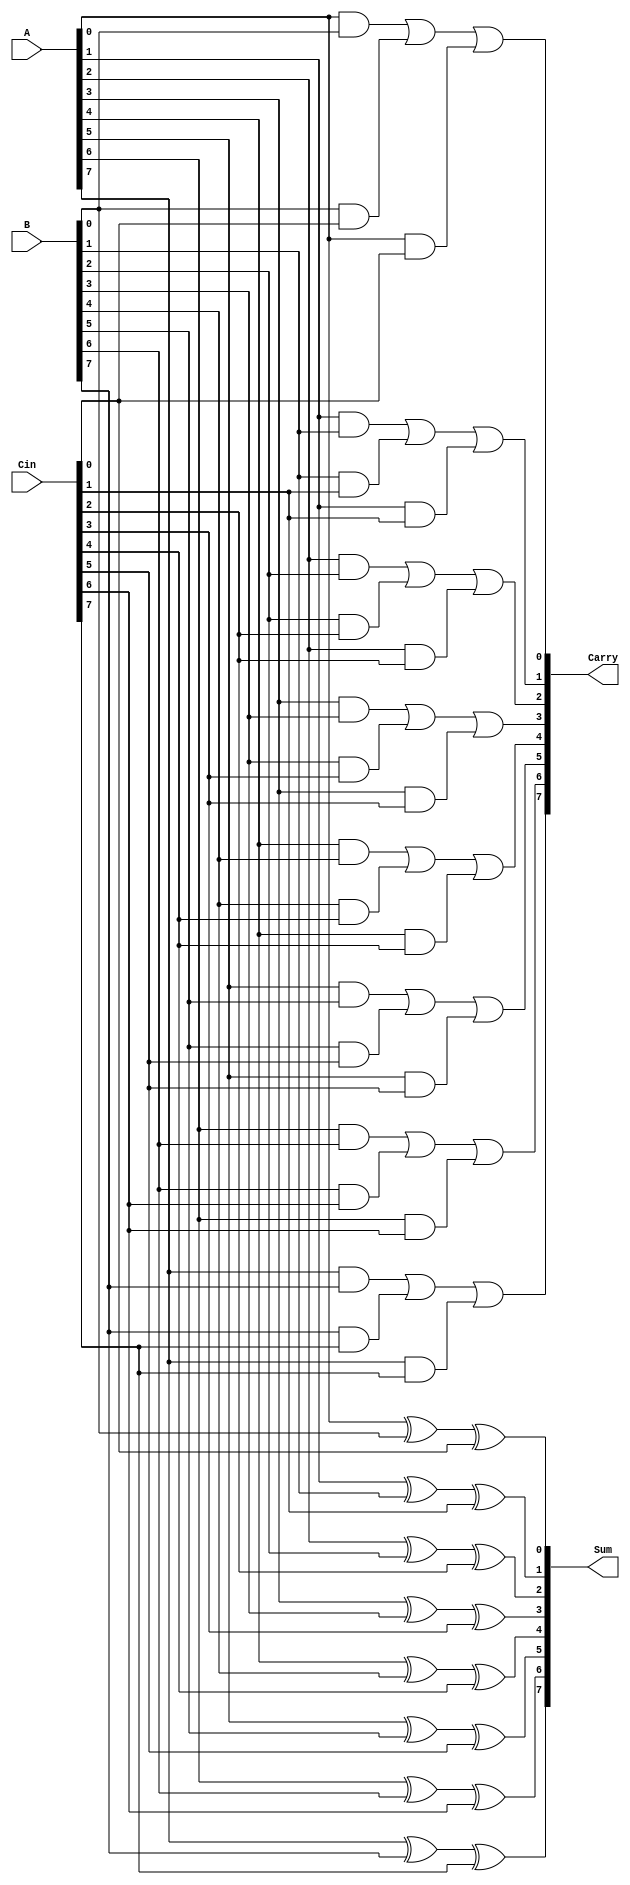
module CarrySaveAdder #(parameter n = 8) (
    input  [n-1:0] A,      // First operand
    input  [n-1:0] B,      // Second operand
    input  [n-1:0] Cin,    // Carry-in
    output [n-1:0] Sum,     // Sum output
    output [n-1:0] Carry    // Carry output
);
    
    genvar i;
    
    // Sum calculation using XOR
    generate
        for (i = 0; i < n; i = i + 1) begin : sum_calc
            assign Sum[i] = A[i] ^ B[i] ^ Cin[i];
        end
    endgenerate
    
    // Carry calculation using AND and OR
    generate
        wire [n-1:0] carry_ab; // Intermediate carry for A and B
        wire [n-1:0] carry_bc; // Intermediate carry for B and Cin
        wire [n-1:0] carry_ac; // Intermediate carry for A and Cin
        
        for (i = 0; i < n; i = i + 1) begin : carry_calc
            assign carry_ab[i] = A[i] & B[i];
            assign carry_bc[i] = B[i] & Cin[i];
            assign carry_ac[i] = A[i] & Cin[i];
        end
        
        for (i = 0; i < n; i = i + 1) begin : final_carry
            assign Carry[i] = carry_ab[i] | carry_bc[i] | carry_ac[i];
        end
    endgenerate

endmodule